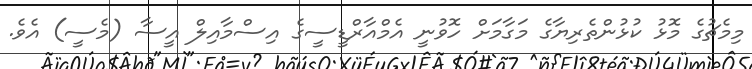
މިމެޗުގެ މޮޅު ކުޅުންތެރިޔާގެ މަގާމަށް ހޮވުނީ އެމްއާރްޑީސީގެ އިސްމާއިލް އީސާ (މެސީ) އެވެ.